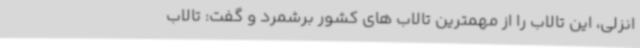
انزلی، این تالاب را از مهمترین تالاب های کشور برشمرد و گفت: تالاب